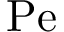
\mathrm { P e }